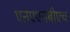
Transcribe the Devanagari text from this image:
एऩएएनबीएच